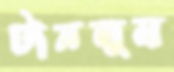
টানলুম